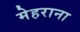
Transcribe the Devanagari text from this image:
मेहराना